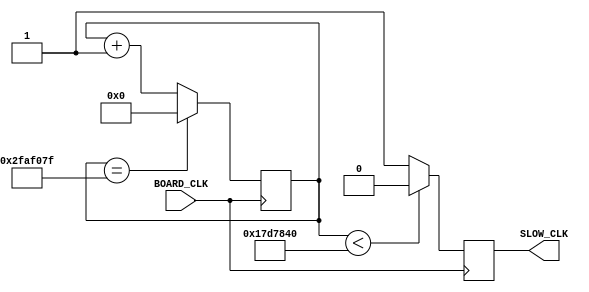
module clk_divider(BOARD_CLK, SLOW_CLK);
    input BOARD_CLK;
    output reg SLOW_CLK;

    // default freqency = 1
    parameter freq = 1;
    //integer max_count = 50 / freq;
    integer max_count = 50_000000 / freq;
    

    reg [31: 0] count = 0;
    always@(posedge BOARD_CLK) begin
        count <= (count == max_count - 1) ? 0 : count + 1;
        SLOW_CLK <= (count < max_count / 2) ? 1'b0 : 1'b1;
    end
endmodule